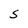
Character: S